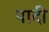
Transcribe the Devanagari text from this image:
पादी